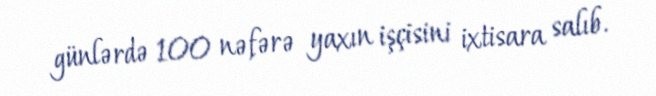
günlərdə 100 nəfərə yaxın işçisini ixtisara salıb.